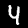
Label: 4